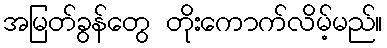
အမြတ်ခွန်တွေ တိုးကောက်လိမ့်မည်။